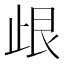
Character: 𣥦